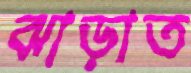
ঝাড়াত